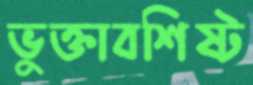
ভুক্তাবশিষ্ট